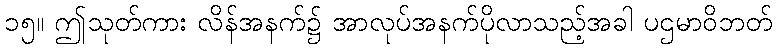
၁၅။ ဤသုတ်ကား လိန်အနက်၌ အာလုပ်အနက်ပိုလာသည့်အခါ ပဌမာဝိဘတ်